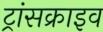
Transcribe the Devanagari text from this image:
ट्रांसक्राइव